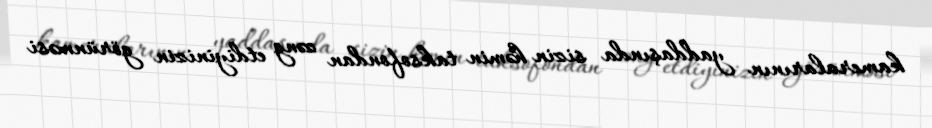
kameralarının yaddaşında sizin həmin taksofondan zəng etdiyinizin görünməsi